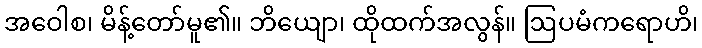
အဝေါစ၊ မိန့်တော်မူ၏။ ဘိယျော၊ ထိုထက်အလွန်။ ဩပမံကရောဟိ၊